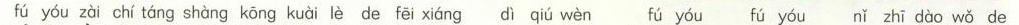
fú yóu zài chí táng shàng kōng kuìi lè de fēi xiáng dì qiú wèn fú yóu fú yóu nǐ zhī dào wǒ de